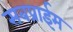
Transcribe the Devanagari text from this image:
सबप्राईम